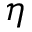
\eta